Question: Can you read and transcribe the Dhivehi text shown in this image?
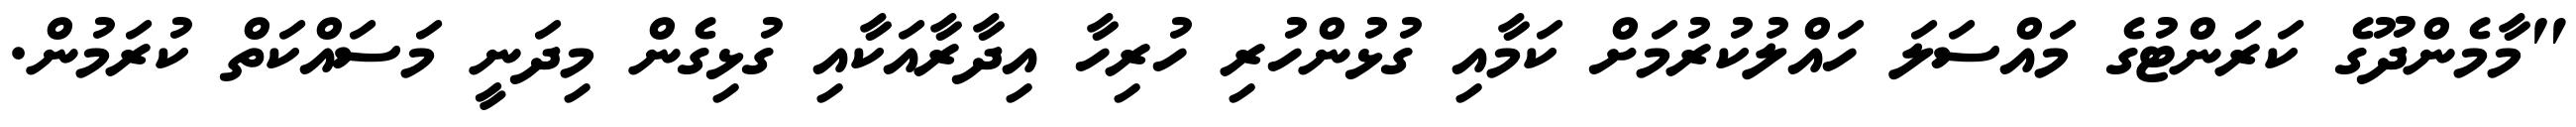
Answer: "މާމެންދޫގެ ކަރަންޓުގެ މައްސަލަ ހައްލުކުރުމަށް ކަމާއި ގުޅުންހުރި ހުރިހާ އިދާރާއަކާއި ގުޅިގެން މިދަނީ މަސައްކަތް ކުރަމުން.